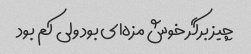
چیز برگر خوش مزه‌ای بود ولی کم بود